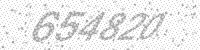
Solution: 654820